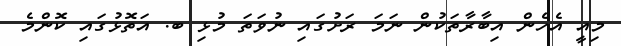
މިއީ އެހެން އިބާރާތަކުން ނަމަ ރަށުގައި ނުވަތަ މުޅި ބ. އަތޮޅުގައި ކޮންމެ